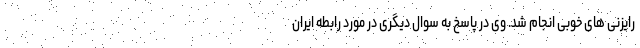
رایزنی های خوبی انجام شد. وی در پاسخ به سوال دیگری در مورد رابطه ایران